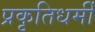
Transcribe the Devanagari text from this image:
प्रकृतिधर्मी